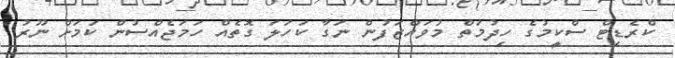
ކްރެޑިޓް ސްކީމުގެ ހިދުމަތް މުވައްޒަފުން ނަގާ ކަހަލަ ގޮތެއް ހަމަޖެއްސުން ކަމަށް ނޫރު